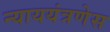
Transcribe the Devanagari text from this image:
न्याययंत्रणेस